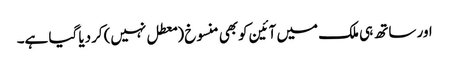
اور ساتھ ہی ملک میں آئین کوبھی منسوخ (معطل نہیں) کردیا گیا ہے۔